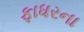
ફાધરના